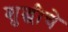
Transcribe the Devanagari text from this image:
शुद्धीचे